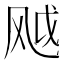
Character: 𬱸